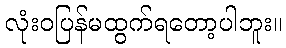
လုံးဝပြန်မထွက်ရတော့ပါဘူး။